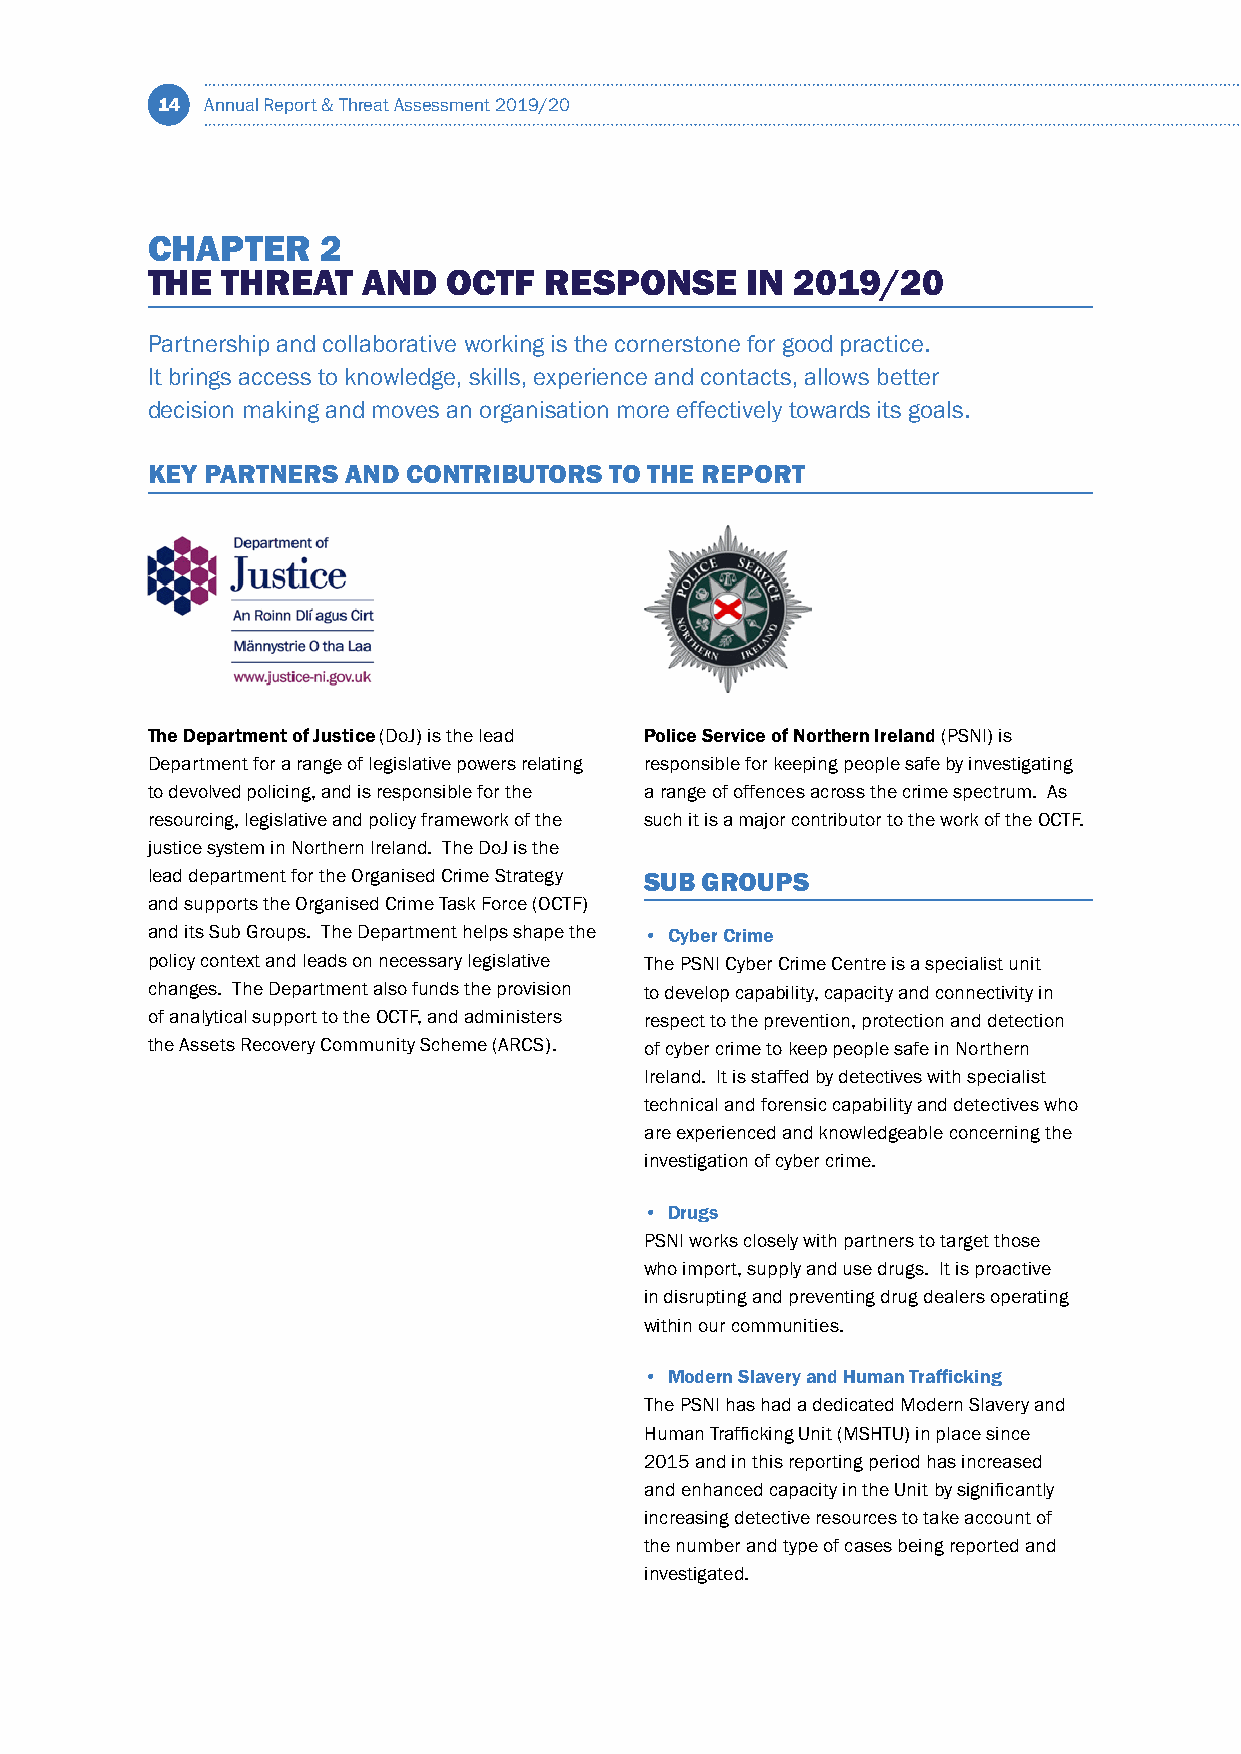
14  Annual Report & Threat Assessment 2019/20
 CHAPTER    2
 THE  THREAT   AND   OCTF  RESPONSE     IN 2019/20
 Partnership and collaborative working is the cornerstone for good practice.
 It brings access to knowledge, skills, experience and contacts, allows better
 decision making and moves an organisation more effectively towards its goals.
 KEY PARTNERS AND CONTRIBUTORS TO THE REPORT
 The Department of Justice (DoJ) is the lead Police Service of Northern Ireland (PSNI) is
 Department for a range of legislative powers relating responsible for keeping people safe by investigating
 to devolved policing, and is responsible for the a range of offences across the crime spectrum. As
 resourcing, legislative and policy framework of the such it is a major contributor to the work of the OCTF.
 justice system in Northern Ireland. The DoJ is the
 lead department for the Organised Crime Strategy SUB GROUPS
 and supports the Organised Crime Task Force (OCTF)
 and its Sub Groups. The Department helps shape the • Cyber Crime
 policy context and leads on necessary legislative The PSNI Cyber Crime Centre is a specialist unit
 changes. The Department also funds the provision to develop capability, capacity and connectivity in
 of analytical support to the OCTF, and administers respect to the prevention, protection and detection
 the Assets Recovery Community Scheme (ARCS). of cyber crime to keep people safe in Northern
 Ireland. It is staffed by detectives with specialist
 technical and forensic capability and detectives who
 are experienced and knowledgeable concerning the
 investigation of cyber crime.
 • Drugs
 PSNI works closely with partners to target those
 who import, supply and use drugs. It is proactive
 in disrupting and preventing drug dealers operating
 within our communities.
 • Modern Slavery and Human Trafficking
 The PSNI has had a dedicated Modern Slavery and
 Human Trafficking Unit (MSHTU) in place since
 2015 and in this reporting period has increased
 and enhanced capacity in the Unit by significantly
 increasing detective resources to take account of
 the number and type of cases being reported and
 investigated.